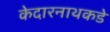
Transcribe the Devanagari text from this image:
केदारनाथकडे